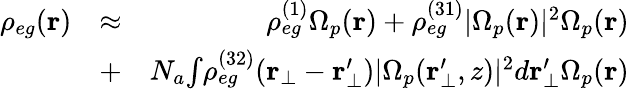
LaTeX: \begin{array}{rlr}{\rho_{eg}(\mathbf{r})}&{\approx}&{\rho_{eg}^{(1)}\Omega_{p}(\mathbf{r})+\rho_{eg}^{(31)}|\Omega_{p}(\mathbf{r})|^{2}\Omega_{p}(\mathbf{r})}\\ &{+}&{N_{a}{\int}\rho_{eg}^{(32)}(\mathbf{r}_{\bot}-\mathbf{r_{\bot}^{\prime}})|\Omega_{p}(\mathbf{r_{\bot}^{\prime}},z)|^{2}d\mathbf{r}_{\bot}^{\prime}\Omega_{p}(\mathbf{r})}\end{array}